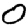
Digit: 0